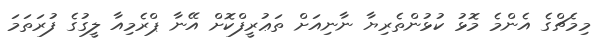
މިމެޗްގެ އެންމެ މޮޅު ކުޅުންތެރިޔާ ނާނިއަށް ތަޢުރީފްކޮށް އޭނާ ޕްރެމިއާ ލީގުގެ ފުރަތަމަ